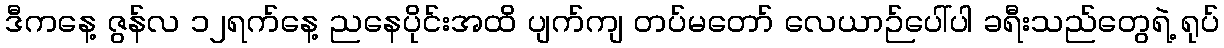
ဒီကနေ့ ဇွန်လ ၁၂ရက်နေ့ ညနေပိုင်းအထိ ပျက်ကျ တပ်မတော် လေယာဉ်ပေါ်ပါ ခရီးသည်တွေရဲ့ ရုပ်